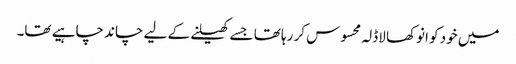
میں خود کو انوکھا لاڈلہ محسوس کر رہا تھا جسے کھیلنے کے لیے چاند چاہیے تھا۔